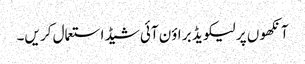
آنکھو ں پر لیکو یڈ بر اؤن آئی شیڈ استعمال کر یں۔